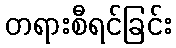
တရားစီရင်ခြင်း